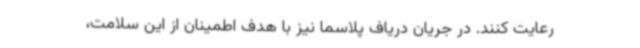
رعایت کنند. در جریان دریاف پلاسما نیز با هدف اطمینان از این سلامت،